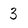
Character: 3